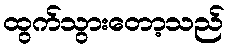
ထွက်သွားတော့သည်